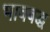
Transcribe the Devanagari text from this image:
भावबद्ध